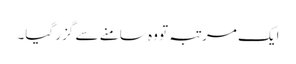
ایک مرتبہ تو وہ سامنے سے گزر گیا۔